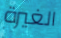
الغيرة